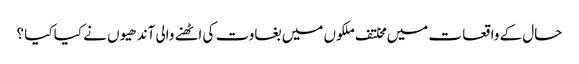
حال کے واقعا ت میں مخلتف ملکوں میں بغاوت کی اٹھنے والی آندھیوں نے کیا کیا ؟